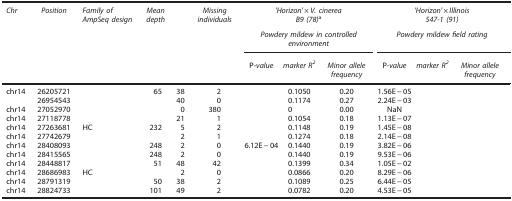
<table><thead><tr><td><b><i>Chr</i></b></td><td><b><i>Position</i></b></td><td><b><i>Family of AmpSeq design</i></b></td><td><b><i>Mean depth</i></b></td><td>[EMPTY_CELL]</td><td><b><i>Missing individuals</i></b></td><td colspan="3"><b><i>'Horizon'×V. cinerea B9 (78)</i>a</b></td><td colspan="3"><b><i>'Horizon'×Illinois 547-1 (91)</i></b></td></tr><tr><td>[EMPTY_CELL]</td><td>[EMPTY_CELL]</td><td>[EMPTY_CELL]</td><td>[EMPTY_CELL]</td><td>[EMPTY_CELL]</td><td>[EMPTY_CELL]</td><td colspan="3"><b><i>Powdery mildew in controlled environment</i></b></td><td colspan="3"><b><i>Powdery mildew field rating</i></b></td></tr><tr><td>[EMPTY_CELL]</td><td>[EMPTY_CELL]</td><td>[EMPTY_CELL]</td><td>[EMPTY_CELL]</td><td>[EMPTY_CELL]</td><td>[EMPTY_CELL]</td><td><b>P<i>-value</i></b></td><td><b><i>marker R</i><sup><i>2</i></sup></b></td><td><b><i>Minor allele frequency</i></b></td><td><b>P<i>-value</i></b></td><td><b><i>marker R</i><sup><i>2</i></sup></b></td><td><b><i>Minor allele frequency</i></b></td></tr></thead><tbody><tr><td>chr14</td><td>26205721</td><td>[EMPTY_CELL]</td><td>65</td><td>38</td><td>2</td><td>[EMPTY_CELL]</td><td>0.1050</td><td>0.20</td><td>1.56E−05</td><td>[EMPTY_CELL]</td><td>[EMPTY_CELL]</td></tr><tr><td>[EMPTY_CELL]</td><td>26954543</td><td>[EMPTY_CELL]</td><td>[EMPTY_CELL]</td><td>40</td><td>0</td><td>[EMPTY_CELL]</td><td>0.1174</td><td>0.27</td><td>2.24E−03</td><td>[EMPTY_CELL]</td><td>[EMPTY_CELL]</td></tr><tr><td>chr14</td><td>27052970</td><td>[EMPTY_CELL]</td><td>[EMPTY_CELL]</td><td>0</td><td>380</td><td>[EMPTY_CELL]</td><td>0</td><td>0.00</td><td>NaN</td><td>[EMPTY_CELL]</td><td>[EMPTY_CELL]</td></tr><tr><td>chr14</td><td>27118778</td><td>[EMPTY_CELL]</td><td>[EMPTY_CELL]</td><td>21</td><td>1</td><td>[EMPTY_CELL]</td><td>0.1054</td><td>0.18</td><td>1.13E−07</td><td>[EMPTY_CELL]</td><td>[EMPTY_CELL]</td></tr><tr><td>chr14</td><td>27263681</td><td>HC</td><td>232</td><td>5</td><td>2</td><td>[EMPTY_CELL]</td><td>0.1148</td><td>0.19</td><td>1.45E−08</td><td>[EMPTY_CELL]</td><td>[EMPTY_CELL]</td></tr><tr><td>chr14</td><td>27742679</td><td>[EMPTY_CELL]</td><td>[EMPTY_CELL]</td><td>2</td><td>1</td><td>[EMPTY_CELL]</td><td>0.1274</td><td>0.18</td><td>2.14E−08</td><td>[EMPTY_CELL]</td><td>[EMPTY_CELL]</td></tr><tr><td>chr14</td><td>28408093</td><td>[EMPTY_CELL]</td><td>248</td><td>2</td><td>0</td><td>6.12E−04</td><td>0.1440</td><td>0.19</td><td>3.82E−06</td><td>[EMPTY_CELL]</td><td>[EMPTY_CELL]</td></tr><tr><td>chr14</td><td>28415565</td><td>[EMPTY_CELL]</td><td>248</td><td>2</td><td>0</td><td>[EMPTY_CELL]</td><td>0.1440</td><td>0.19</td><td>9.53E−06</td><td>[EMPTY_CELL]</td><td>[EMPTY_CELL]</td></tr><tr><td>chr14</td><td>28448817</td><td>[EMPTY_CELL]</td><td>51</td><td>48</td><td>42</td><td>[EMPTY_CELL]</td><td>0.1399</td><td>0.34</td><td>1.05E−02</td><td>[EMPTY_CELL]</td><td>[EMPTY_CELL]</td></tr><tr><td>chr14</td><td>28686983</td><td>HC</td><td>[EMPTY_CELL]</td><td>2</td><td>0</td><td>[EMPTY_CELL]</td><td>0.0866</td><td>0.20</td><td>8.29E−06</td><td>[EMPTY_CELL]</td><td>[EMPTY_CELL]</td></tr><tr><td>chr14</td><td>28791319</td><td>[EMPTY_CELL]</td><td>50</td><td>38</td><td>2</td><td>[EMPTY_CELL]</td><td>0.1089</td><td>0.25</td><td>6.44E−05</td><td>[EMPTY_CELL]</td><td>[EMPTY_CELL]</td></tr><tr><td>chr14</td><td>28824733</td><td>[EMPTY_CELL]</td><td>101</td><td>49</td><td>2</td><td>[EMPTY_CELL]</td><td>0.0782</td><td>0.20</td><td>4.53E−05</td><td>[EMPTY_CELL]</td><td>[EMPTY_CELL]</td></tr></tbody></table>